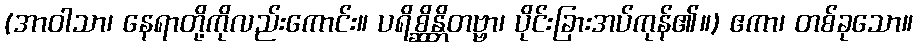
(အာဝါသာ၊ နေရာတို့ကိုလည်းကောင်း။ ပရိစ္ဆိန္တိတဗ္ဗာ၊ ပိုင်းခြားအပ်ကုန်၏။) ဧကာ၊ တစ်ခုသော။